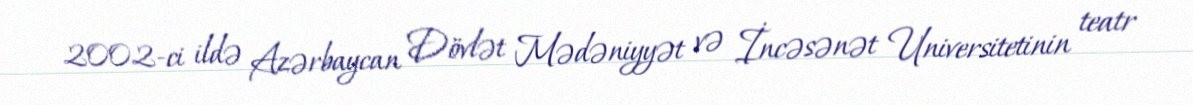
2002-ci ildə Azərbaycan Dövlət Mədəniyyət və İncəsənət Universitetinin teatr